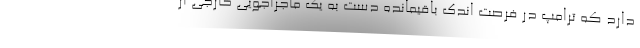
دارد که ترامپ در فرصت اندک باقیمانده دست به یک ماجراجویی خارجی از